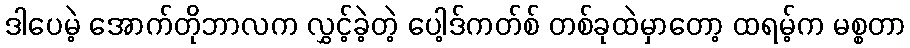
ဒါပေမဲ့ အောက်တိုဘာလက လွှင့်ခဲ့တဲ့ ပေါ့ဒ်ကတ်စ် တစ်ခုထဲမှာတော့ ထရမ့်က မစ္စတာ